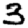
Digit: 3